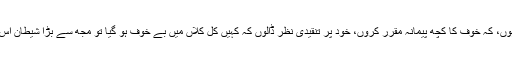
میں اکثر غلام نبی بن کر سوچتا ہوں، کہ خوف کا کچھ پیمانہ مقرر کروں، خود پر تنقیدی نظر ڈالوں کہ کہیں کل کلاں میں بے خوف ہو گیا تو مجھ سے بڑا شیطان اس دنیا میں کوئی دوسرا نہیں ہو گا۔